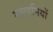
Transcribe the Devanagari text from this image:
मसवनियों